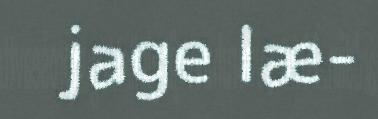
jage læ-